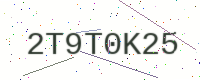
Text: 2T9T0K25